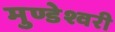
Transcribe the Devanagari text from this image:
मुण्डेश्वरी